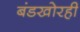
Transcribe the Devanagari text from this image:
बंडखोरही